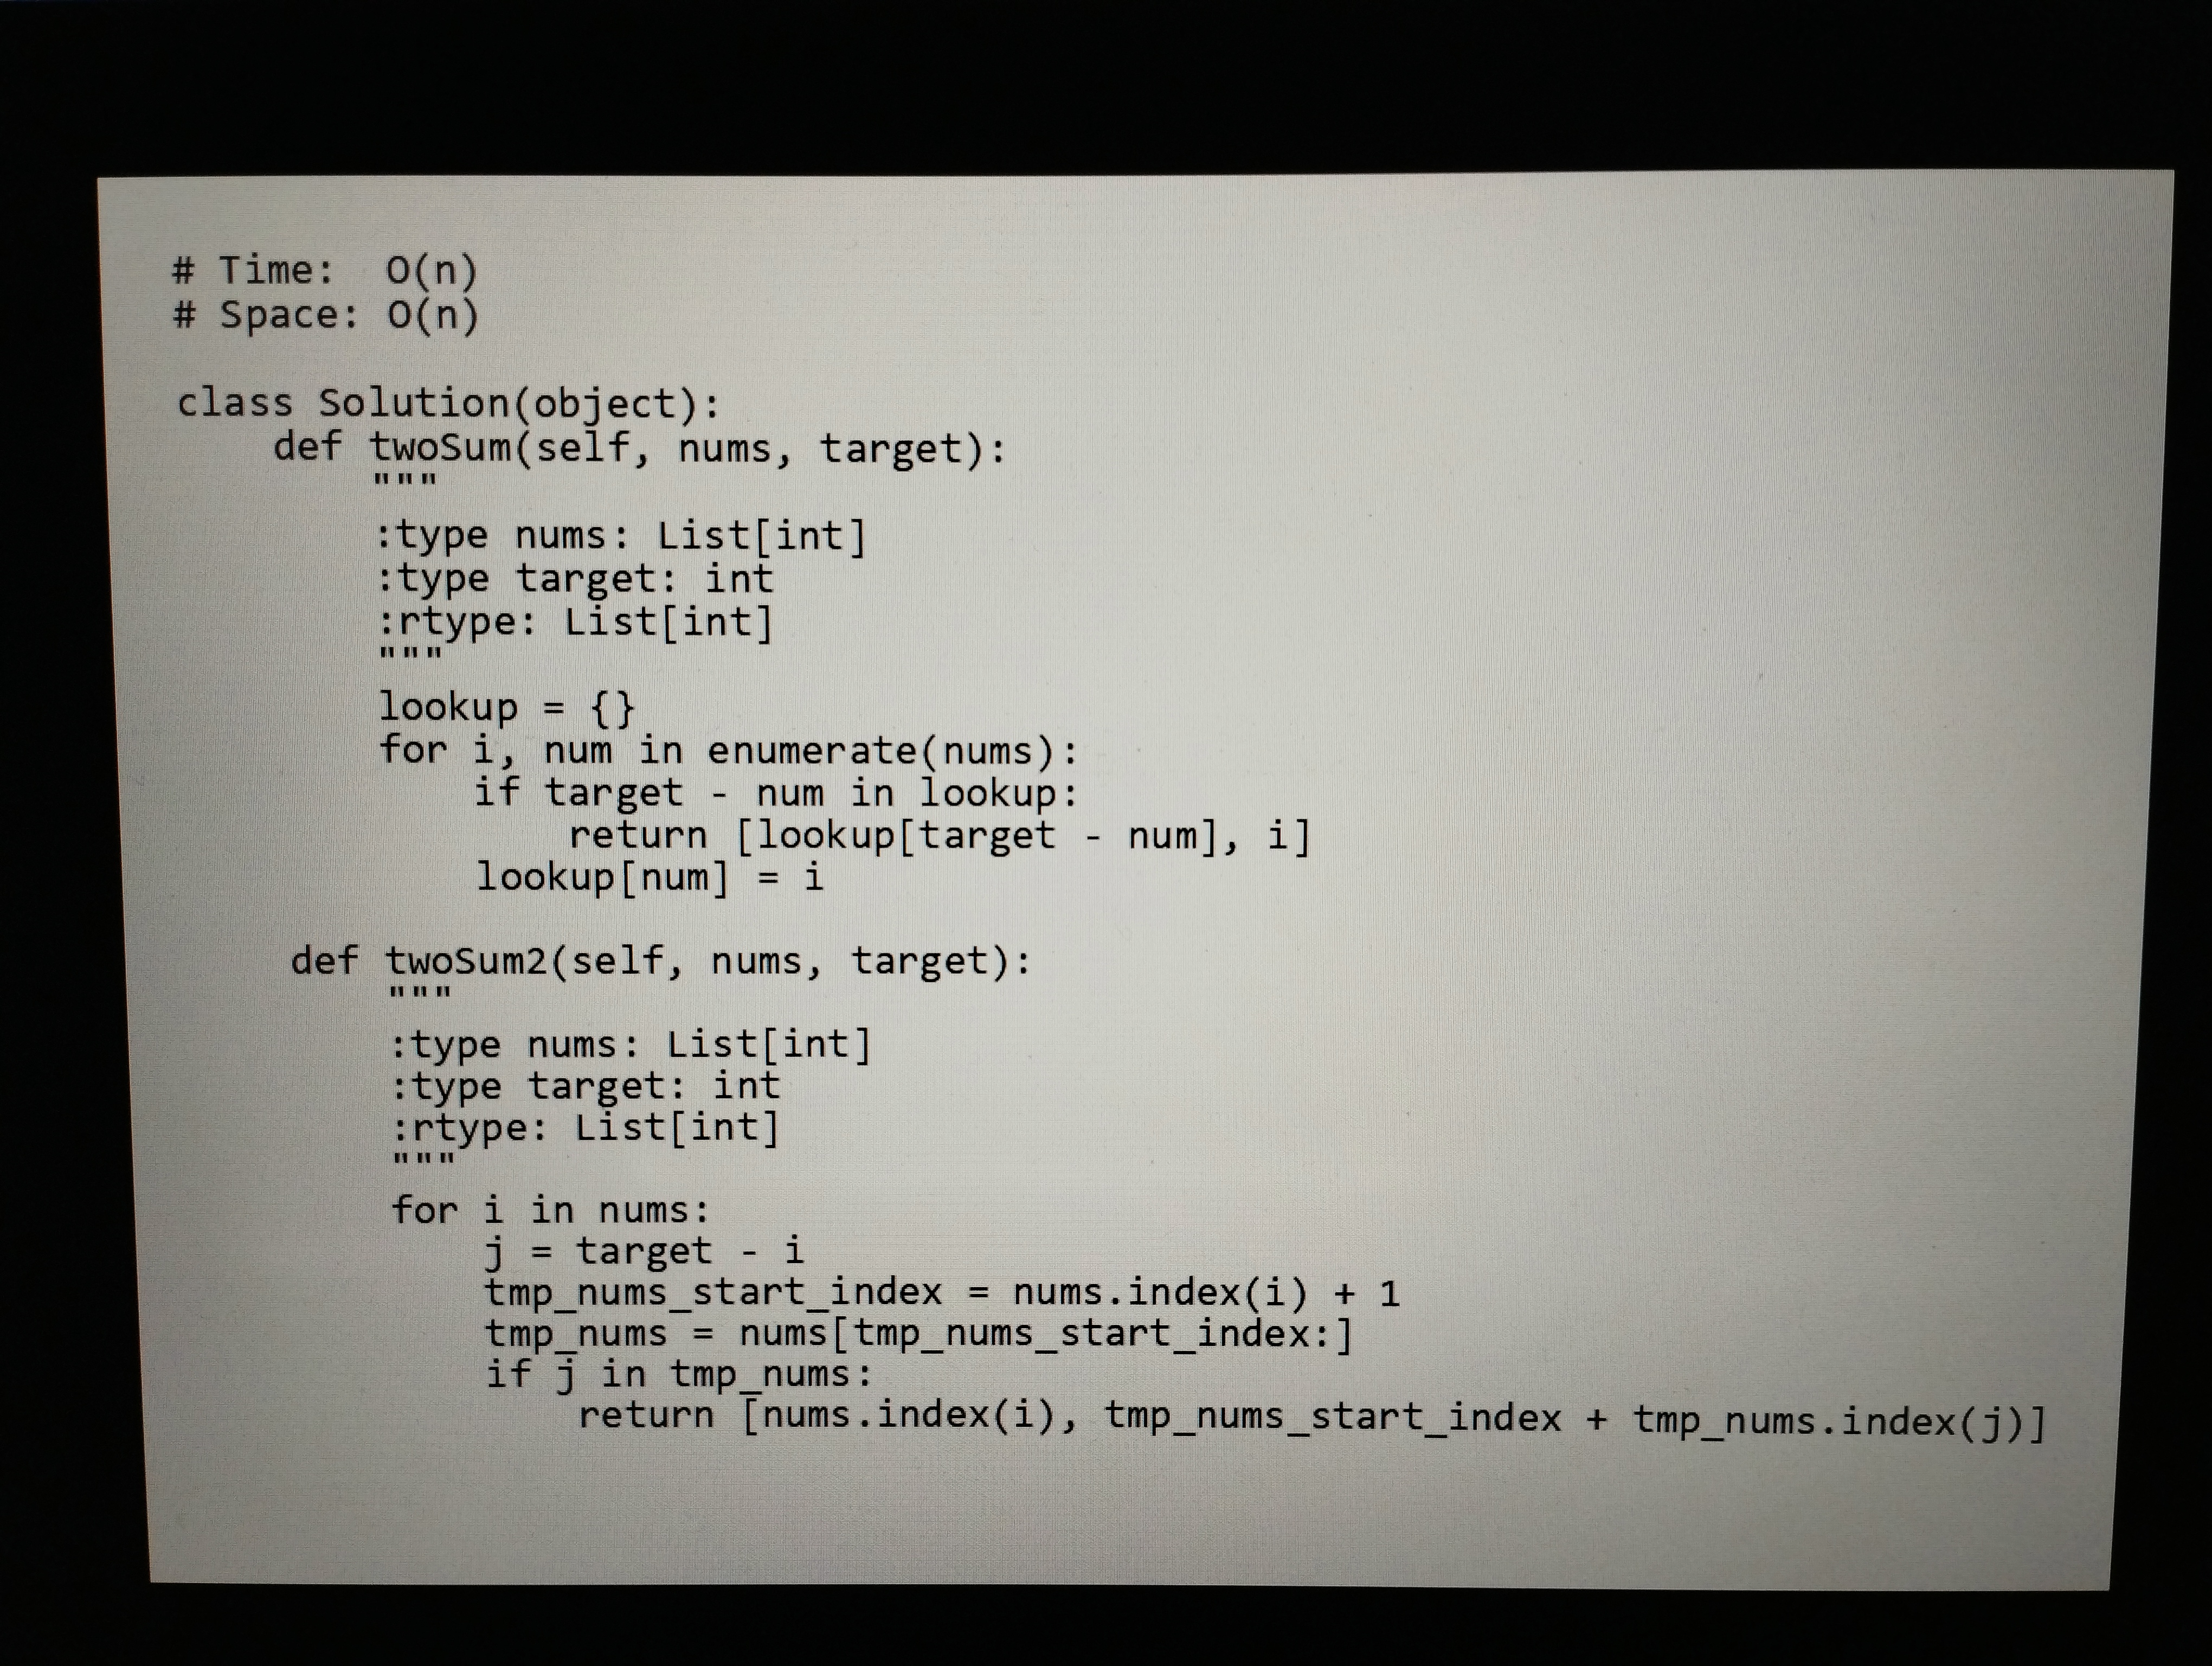
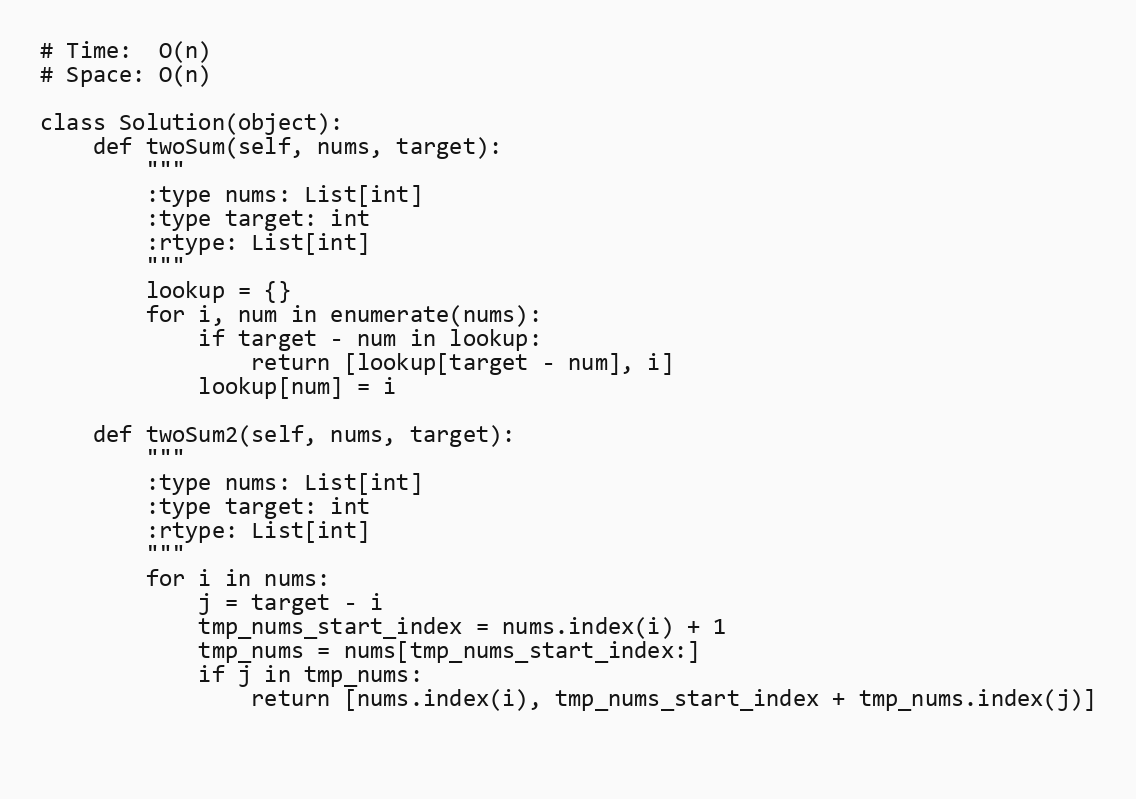
# Time:  O(n)
# Space: O(n)

class Solution(object):
    def twoSum(self, nums, target):
        """
        :type nums: List[int]
        :type target: int
        :rtype: List[int]
        """
        lookup = {}
        for i, num in enumerate(nums):
            if target - num in lookup:
                return [lookup[target - num], i]
            lookup[num] = i

    def twoSum2(self, nums, target):
        """
        :type nums: List[int]
        :type target: int
        :rtype: List[int]
        """
        for i in nums:
            j = target - i
            tmp_nums_start_index = nums.index(i) + 1
            tmp_nums = nums[tmp_nums_start_index:]
            if j in tmp_nums:
                return [nums.index(i), tmp_nums_start_index + tmp_nums.index(j)]